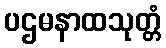
ပဌမနာထသုတ္တံ